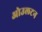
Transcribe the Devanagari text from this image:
ओउलटन